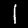
Label: 1